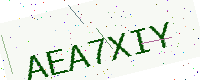
Text: AEA7XIY